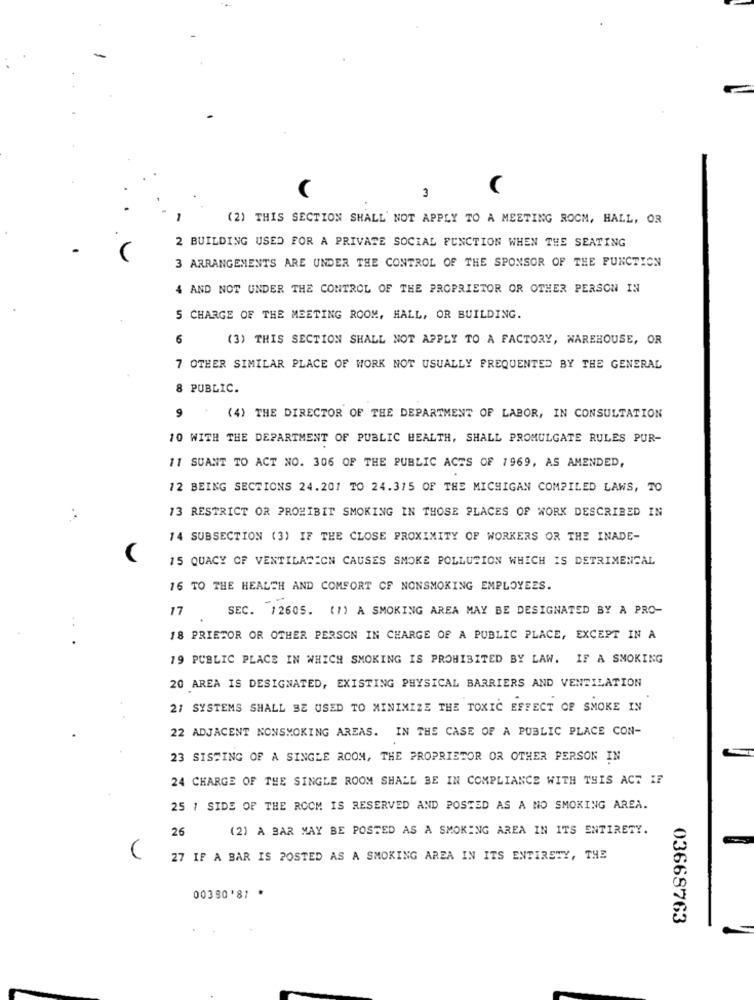
3
(2) THIS SECTION SHALL NOT APPLY TO A MEETING ROCM, HALL, OR
2 BUILDING USED FOR A PRIVATE SOCIAL FUNCTION WHEN THE SEATING
3 ARRANGEMENTS ARE UNDER THE CONTROL OF THE SPONSOR OF THE FUNCTION
4 AND NOT UNDER THE CONTROL OF THE PROPRIETOR OR OTHER PERSON IN
5 CHARGE OF THE MEETING ROOM, HALL, OR BUILDING.
6
(3) THIS SECTION SHALL NOT APPLY TO A FACTORY, WAREHOUSE, OR
7 OTHER SIMILAR PLACE OF WORK NOT USUALLY FREQUENTED BY THE GENERAL
PUBLIC.
(4) THE DIRECTOR OF THE DEPARTMENT OF LABOR, IN CONSULTATION
10 WITH THE DEPARTMENT OF PUBLIC HEALTH, SHALL PROMULGATE RULES PUR-
11 SUANT TO ACT NO. 306 OF THE PUBLIC ACTS OF 1969, AS AMENDED,
12 BEING SECTIONS 24.201 TO 24.315 OF THE MICHIGAN COMPILED LAWS, TO
13 RESTRICT OR PROHIBIT SMOKING IN THOSE PLACES OF WORK DESCRIBED IN
14 SUBSECTION (3) IF THE CLOSE PROXIMITY OF WORKERS OR THE INADE-
15 QUACY OF VENTILATION CAUSES SMOKE POLLUTION WHICH IS DETRIMENTAL
16 TO THE HEALTH AND COMFORT CF NONSMOKING EMPLOYEES.
17
SEC. 12605. (1) A SMOKING AREA MAY BE DESIGNATED BY A PRO-
18 PRIETOR OR OTHER PERSON IN CHARGE OF A PUBLIC PLACE, EXCEPT IN A
19 PUBLIC PLACE IN WHICH SMOKING IS PROHIBITED BY LAW. IF A SMOKING
20 AREA IS DESIGNATED, EXISTING PHYSICAL BARRIERS AND VENTILATION
21 SYSTEMS SHALL BE USED TO MINIMIZE THE TOXIC EFFECT OF SMOKE IN
22 ADJACENT NONSMOKING AREAS. IN THE CASE OF A PUBLIC PLACE CON-
23 SISTING OF A SINGLE ROOM, THE PROPRIETOR OR OTHER PERSON IN
24 CHARGE OF THE SINGLE ROOM SHALL BE IN COMPLIANCE WITH THIS ACT IF
25 1 SIDE OF THE ROOM IS RESERVED AND POSTED AS A NO SMOKING AREA.
26
(2) A BAR MAY BE POSTED AS A SMOKING AREA IN ITS ENTIRETY.
27 IF A BAR IS POSTED AS A SMOKING AREA IN ITS ENTIRETY, THE
00380'87 *
03668763